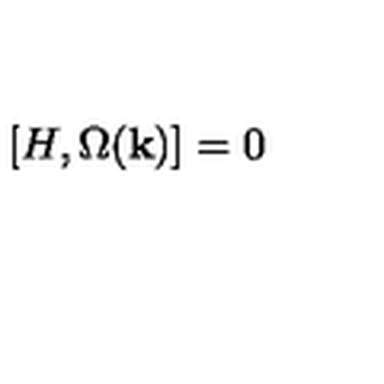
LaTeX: [ H , \Omega ( { \bf k } ) ] = 0